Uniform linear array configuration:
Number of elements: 12
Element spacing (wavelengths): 0.5
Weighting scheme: kaiser
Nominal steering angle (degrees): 60
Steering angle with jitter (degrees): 61.848
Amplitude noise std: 0.05
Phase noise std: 0.05

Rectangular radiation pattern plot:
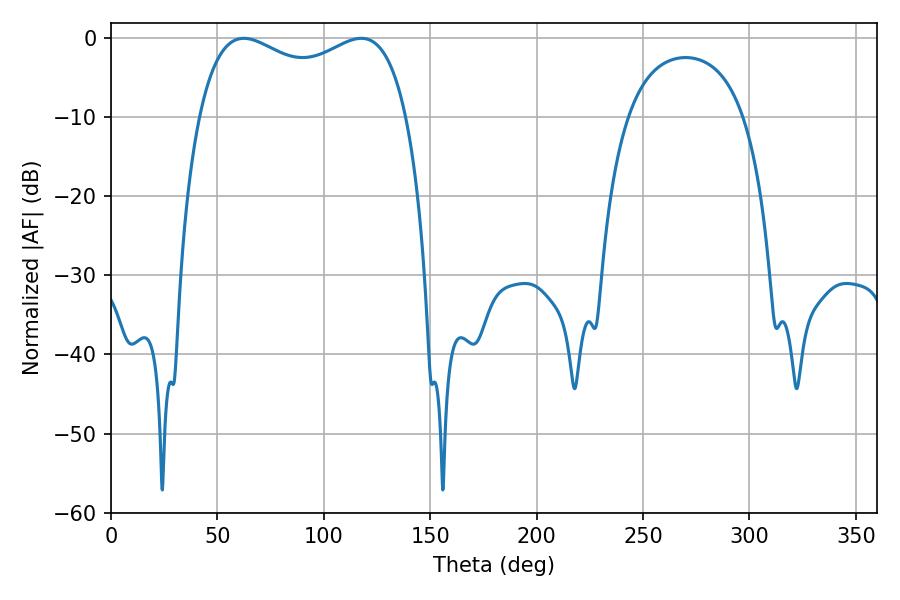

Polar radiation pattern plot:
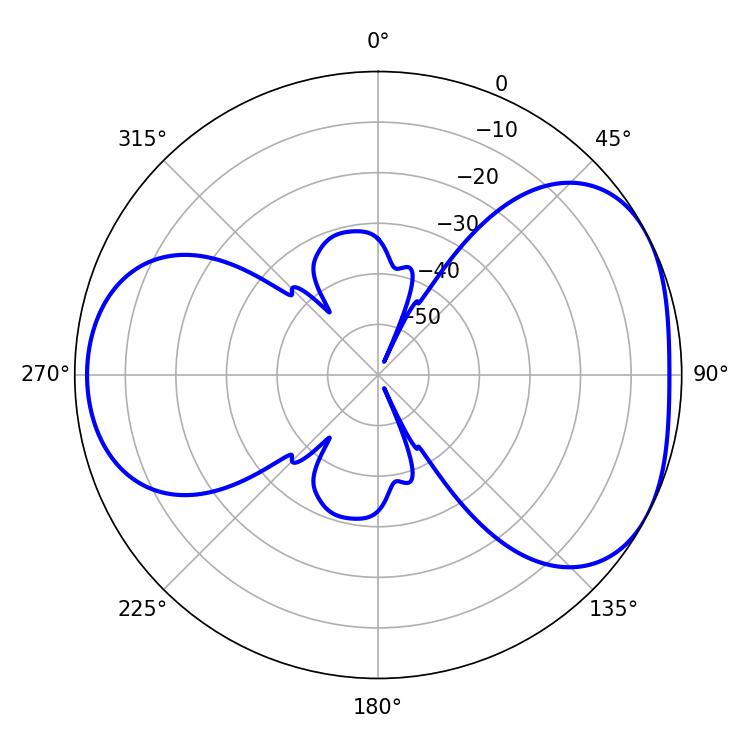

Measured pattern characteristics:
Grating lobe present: FALSE
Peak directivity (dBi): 4.539
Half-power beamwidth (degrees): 81
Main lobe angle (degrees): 62.46